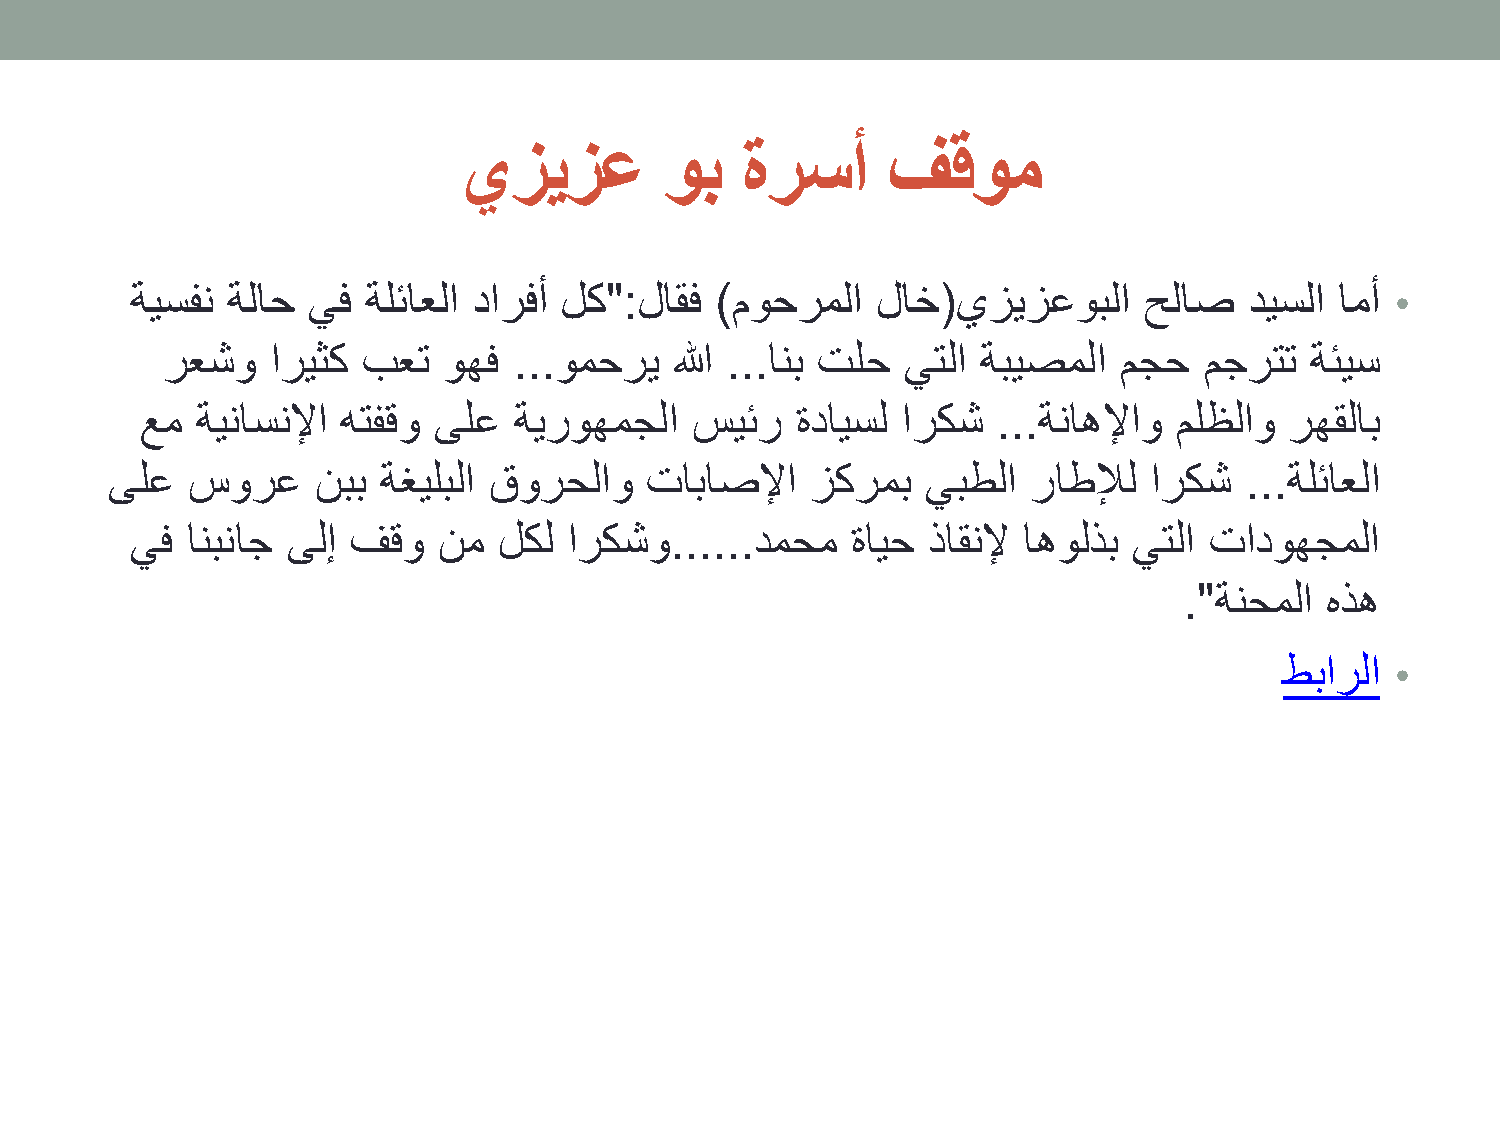
يزيزع         وب   ةرسأ      فقوم
 ةيسفن ةلاح يف  ةلئاعلا دارفأ لك":لاقف )موحرملا   لاخ(يزيزعوبلا     حلاص   ديسلا امأ •
 رعشو   اريثك بعت  وهف  ...ومحري   الله ...انب تلح يتلا ةبيصملا مجح   مجرتت  ةئيس
 عم  ةيناسنلإا هتفقو ىلع  ةيروهمجلا   سيئر   ةدايسل اركش  ...ةناهلإاو ملظلاو رهقلاب
 ىلع  سورع     نبب ةغيلبلا قورحلاو   تاباصلإا   زكرمب  يبطلا  راطلإل  اركش  ...ةلئاعلا
 يف انبناج ىلإ فقو   نم  لكل  اركشو......دمحم   ةايح ذاقنلإ اهولذب يتلا تادوهجملا
 ."ةنحملا  هذه
 طبارلا •